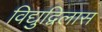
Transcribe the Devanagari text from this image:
विद्युद्विलास